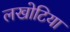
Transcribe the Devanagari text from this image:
लखोटिया